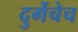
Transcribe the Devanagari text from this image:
दुर्गेचेच